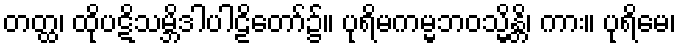
တတ္ထ၊ ထိုပဋိသမ္ဘိဒါပါဠိတော်၌။ ပုရိမကမ္မဘဝသ္မိန္တိ၊ ကား။ ပုရိမေ၊